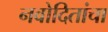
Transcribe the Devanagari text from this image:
नवोदितांचा